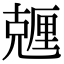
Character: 兣